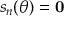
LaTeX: s _ { n } ( \theta ) = \mathbf { 0 }